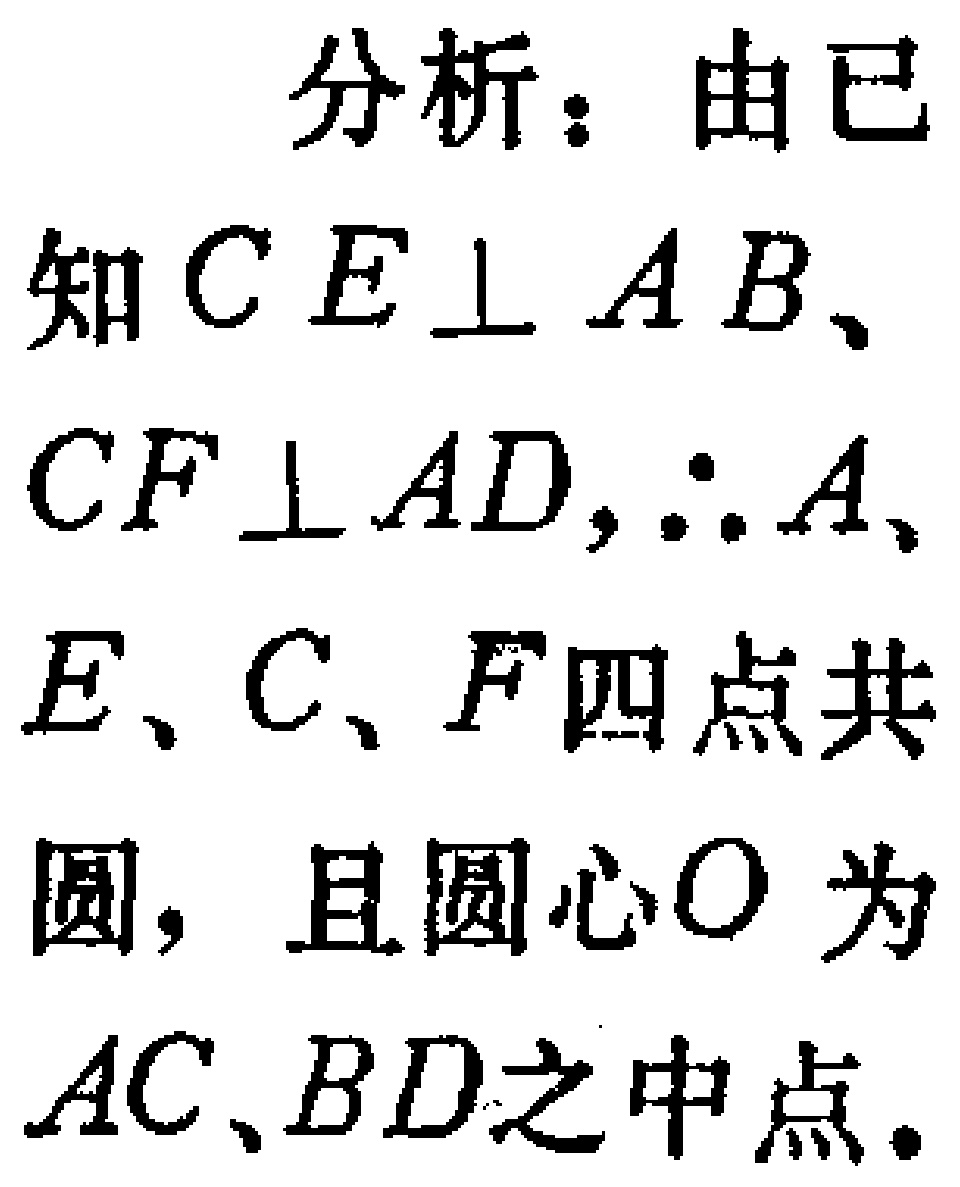
分析：由已
知\(CE\perp AB\)、
\(CF\perp AD\)，\(\therefore A\)、
\(E\)、\(C\)、\(F\)四点共
圆，且圆心\(O\)为
\(AC\)、\(BD\)之中点。